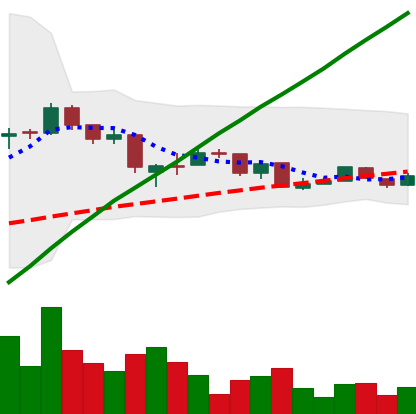
Ticker: LTC-USD
Chart end date: 2015-08-14
Forward return: -13.621%
Label: down_7plus